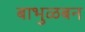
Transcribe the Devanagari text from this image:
बाभुळबन